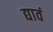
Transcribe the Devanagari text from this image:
द्यावं